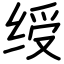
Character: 绶